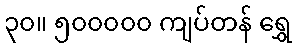
၃၀။ ၅၀၀၀၀၀ ကျပ်တန် ရွှေ